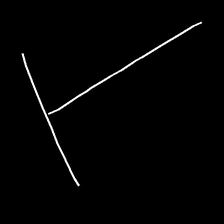
Glyph: column